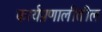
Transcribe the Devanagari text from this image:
कार्यप्रणालीतील